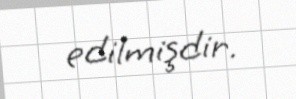
edilmişdir.